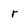
Character: r